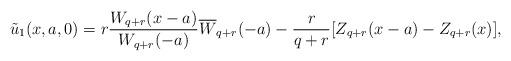
LaTeX: \begin{align*}\tilde{u}_1(x, a, 0)&=r \frac {W_{q+r}(x-a)} {W_{q+r}(-a)} \overline{W}_{q+r} (-a) - \frac r {q+r} [Z_{q+r}(x-a) - Z_{q+r}(x)],\end{align*}